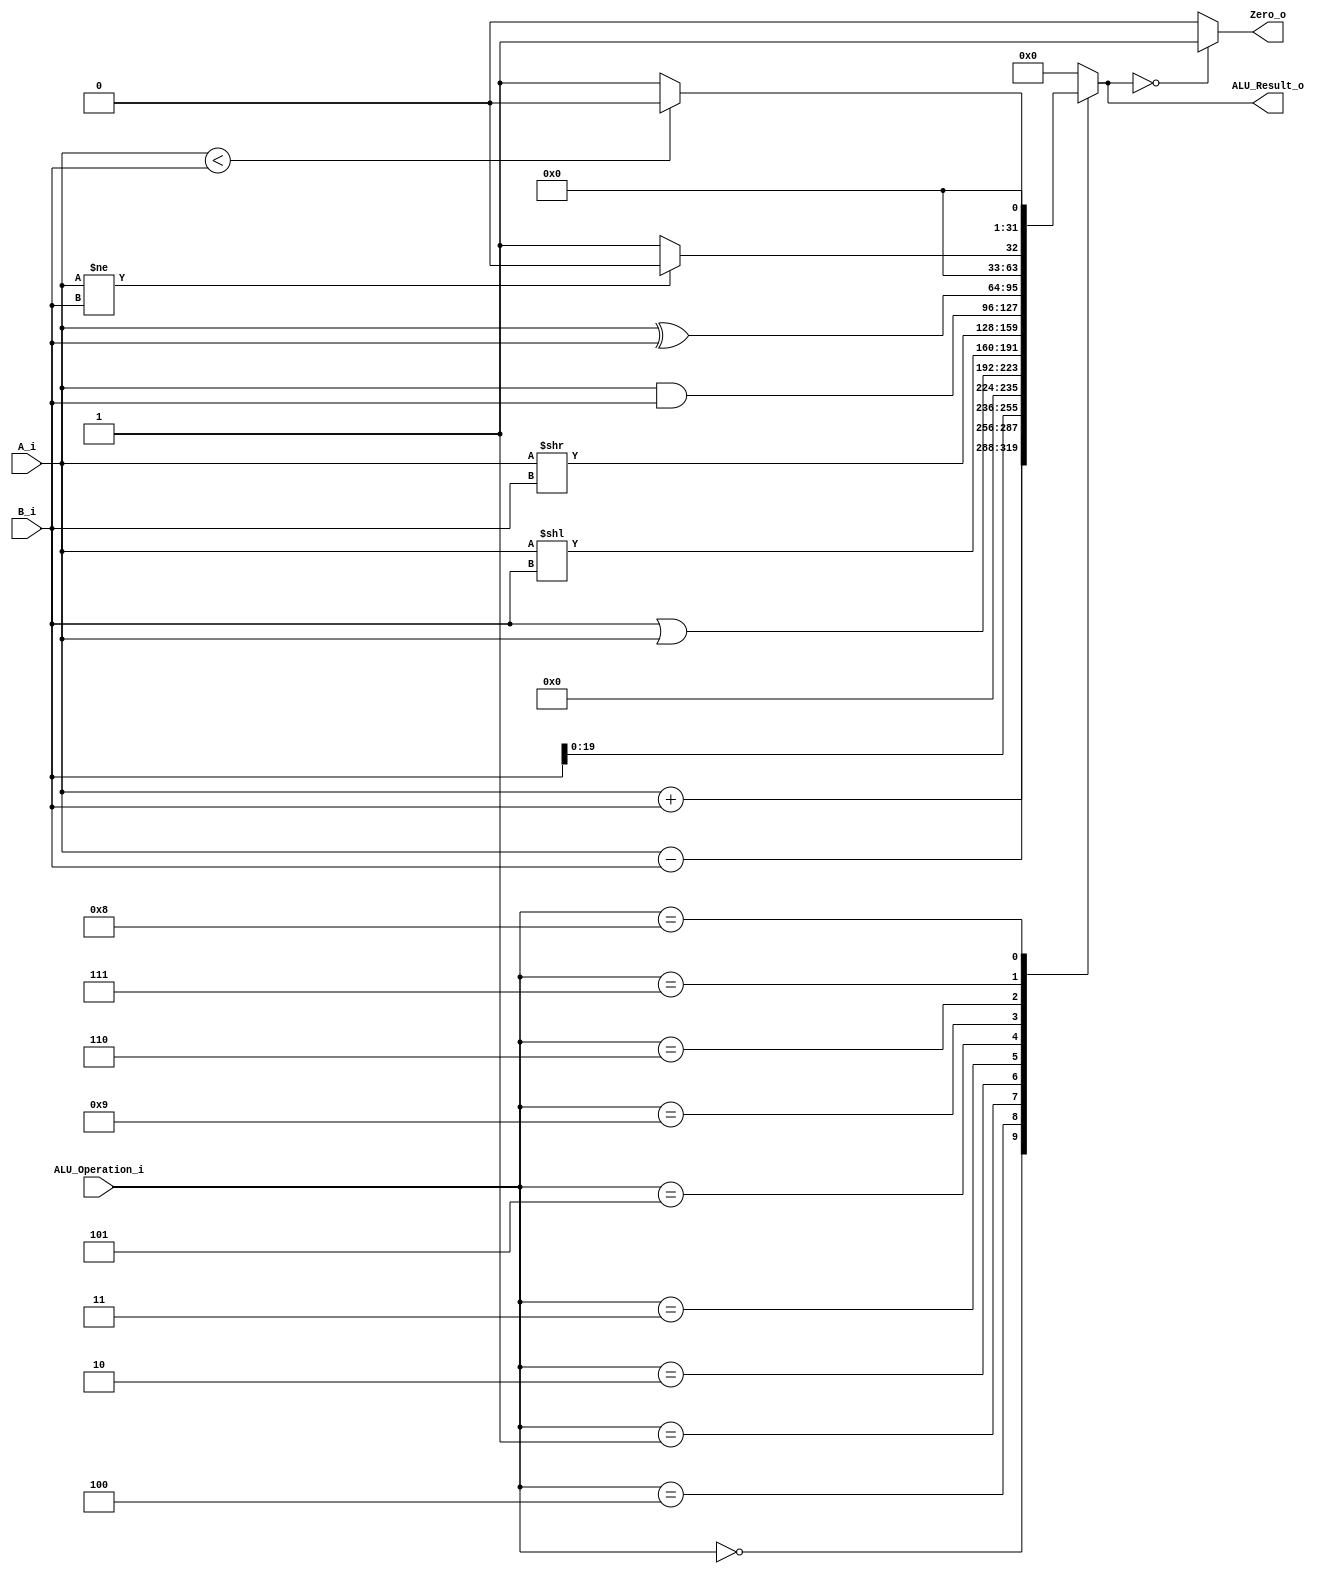
/******************************************************************
* Description
*	This is an 32-bit arithetic logic unit that can execute the next set of operations:
*		add

* This ALU is written by using behavioral description.
* Version:
*	1.0
* Author:
*	Dr. Jos Luis Pizano Escalante
* email:
*	luispizano@iteso.mx
* Date:
*	16/08/2021
******************************************************************/

module ALU 
(
	input [3:0] ALU_Operation_i,
	input signed [31:0] A_i,
	input signed [31:0] B_i,
	output reg Zero_o,
	output reg [31:0] ALU_Result_o
);
	localparam ADD= 4'b0000;
	localparam LUI= 4'b0001;
	localparam LOGIC_OR=  4'b0010;
	localparam XOR= 4'b0110;
	localparam SLL= 4'b0011;
	localparam SRL= 4'b0101;
	localparam SUB= 4'b0100;
	localparam AND= 4'b1001;
	localparam BNE= 4'b0111;
	localparam BLT= 4'b1000;
   
   always @ (A_i or B_i or ALU_Operation_i)
     begin
		case (ALU_Operation_i)
			ADD:
					ALU_Result_o= A_i+B_i;
			SUB:
					ALU_Result_o= A_i-B_i;		
			LUI:
					ALU_Result_o= B_i<<12;
			LOGIC_OR:
					ALU_Result_o= B_i|A_i;
			SLL:
					ALU_Result_o=A_i<<B_i;
			SRL:
					ALU_Result_o=A_i>>B_i;
			AND:
					ALU_Result_o=A_i&B_i;
			XOR:
					ALU_Result_o=A_i^B_i;
			BNE:
					ALU_Result_o= (A_i != B_i) ? 1'b0 : 1'b1;
			BLT:
					ALU_Result_o= (A_i < B_i) ? 1'b0 : 1'b1;
					
	
		default:
			ALU_Result_o = 0;
		endcase // case(control)
		
		Zero_o = (ALU_Result_o == 0) ? 1'b1 : 1'b0;
		
     end // always @ (A or B or control)
endmodule // ALU